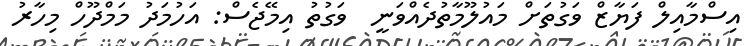
އިސްމާއިލް ފަޔާޒް ވަގުތަށް މައުލޫމާތުދެއްވަނީ  ވަގުތު އިމޭޖެސް: އަހުމަދު މަމްދޫހް މިހާރު